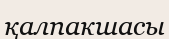
қалпакшасы